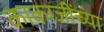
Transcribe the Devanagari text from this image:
काकाजींच्या